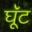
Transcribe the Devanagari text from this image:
घूॅट